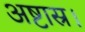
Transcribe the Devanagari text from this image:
अष्टास्र।